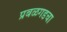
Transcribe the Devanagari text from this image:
प्रबळगडचा